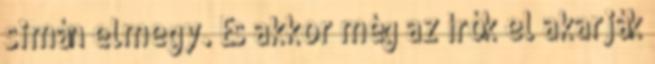
simán elmegy. És akkor még az írók el akarják